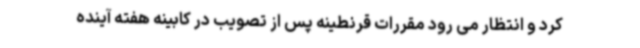
کرد و انتظار می رود مقررات قرنطینه پس از تصویب در کابینه هفته آینده